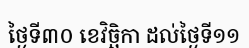
ថ្ងៃទី៣០ ខេវិច្ឆិកា ដល់ថ្ងៃទី១១